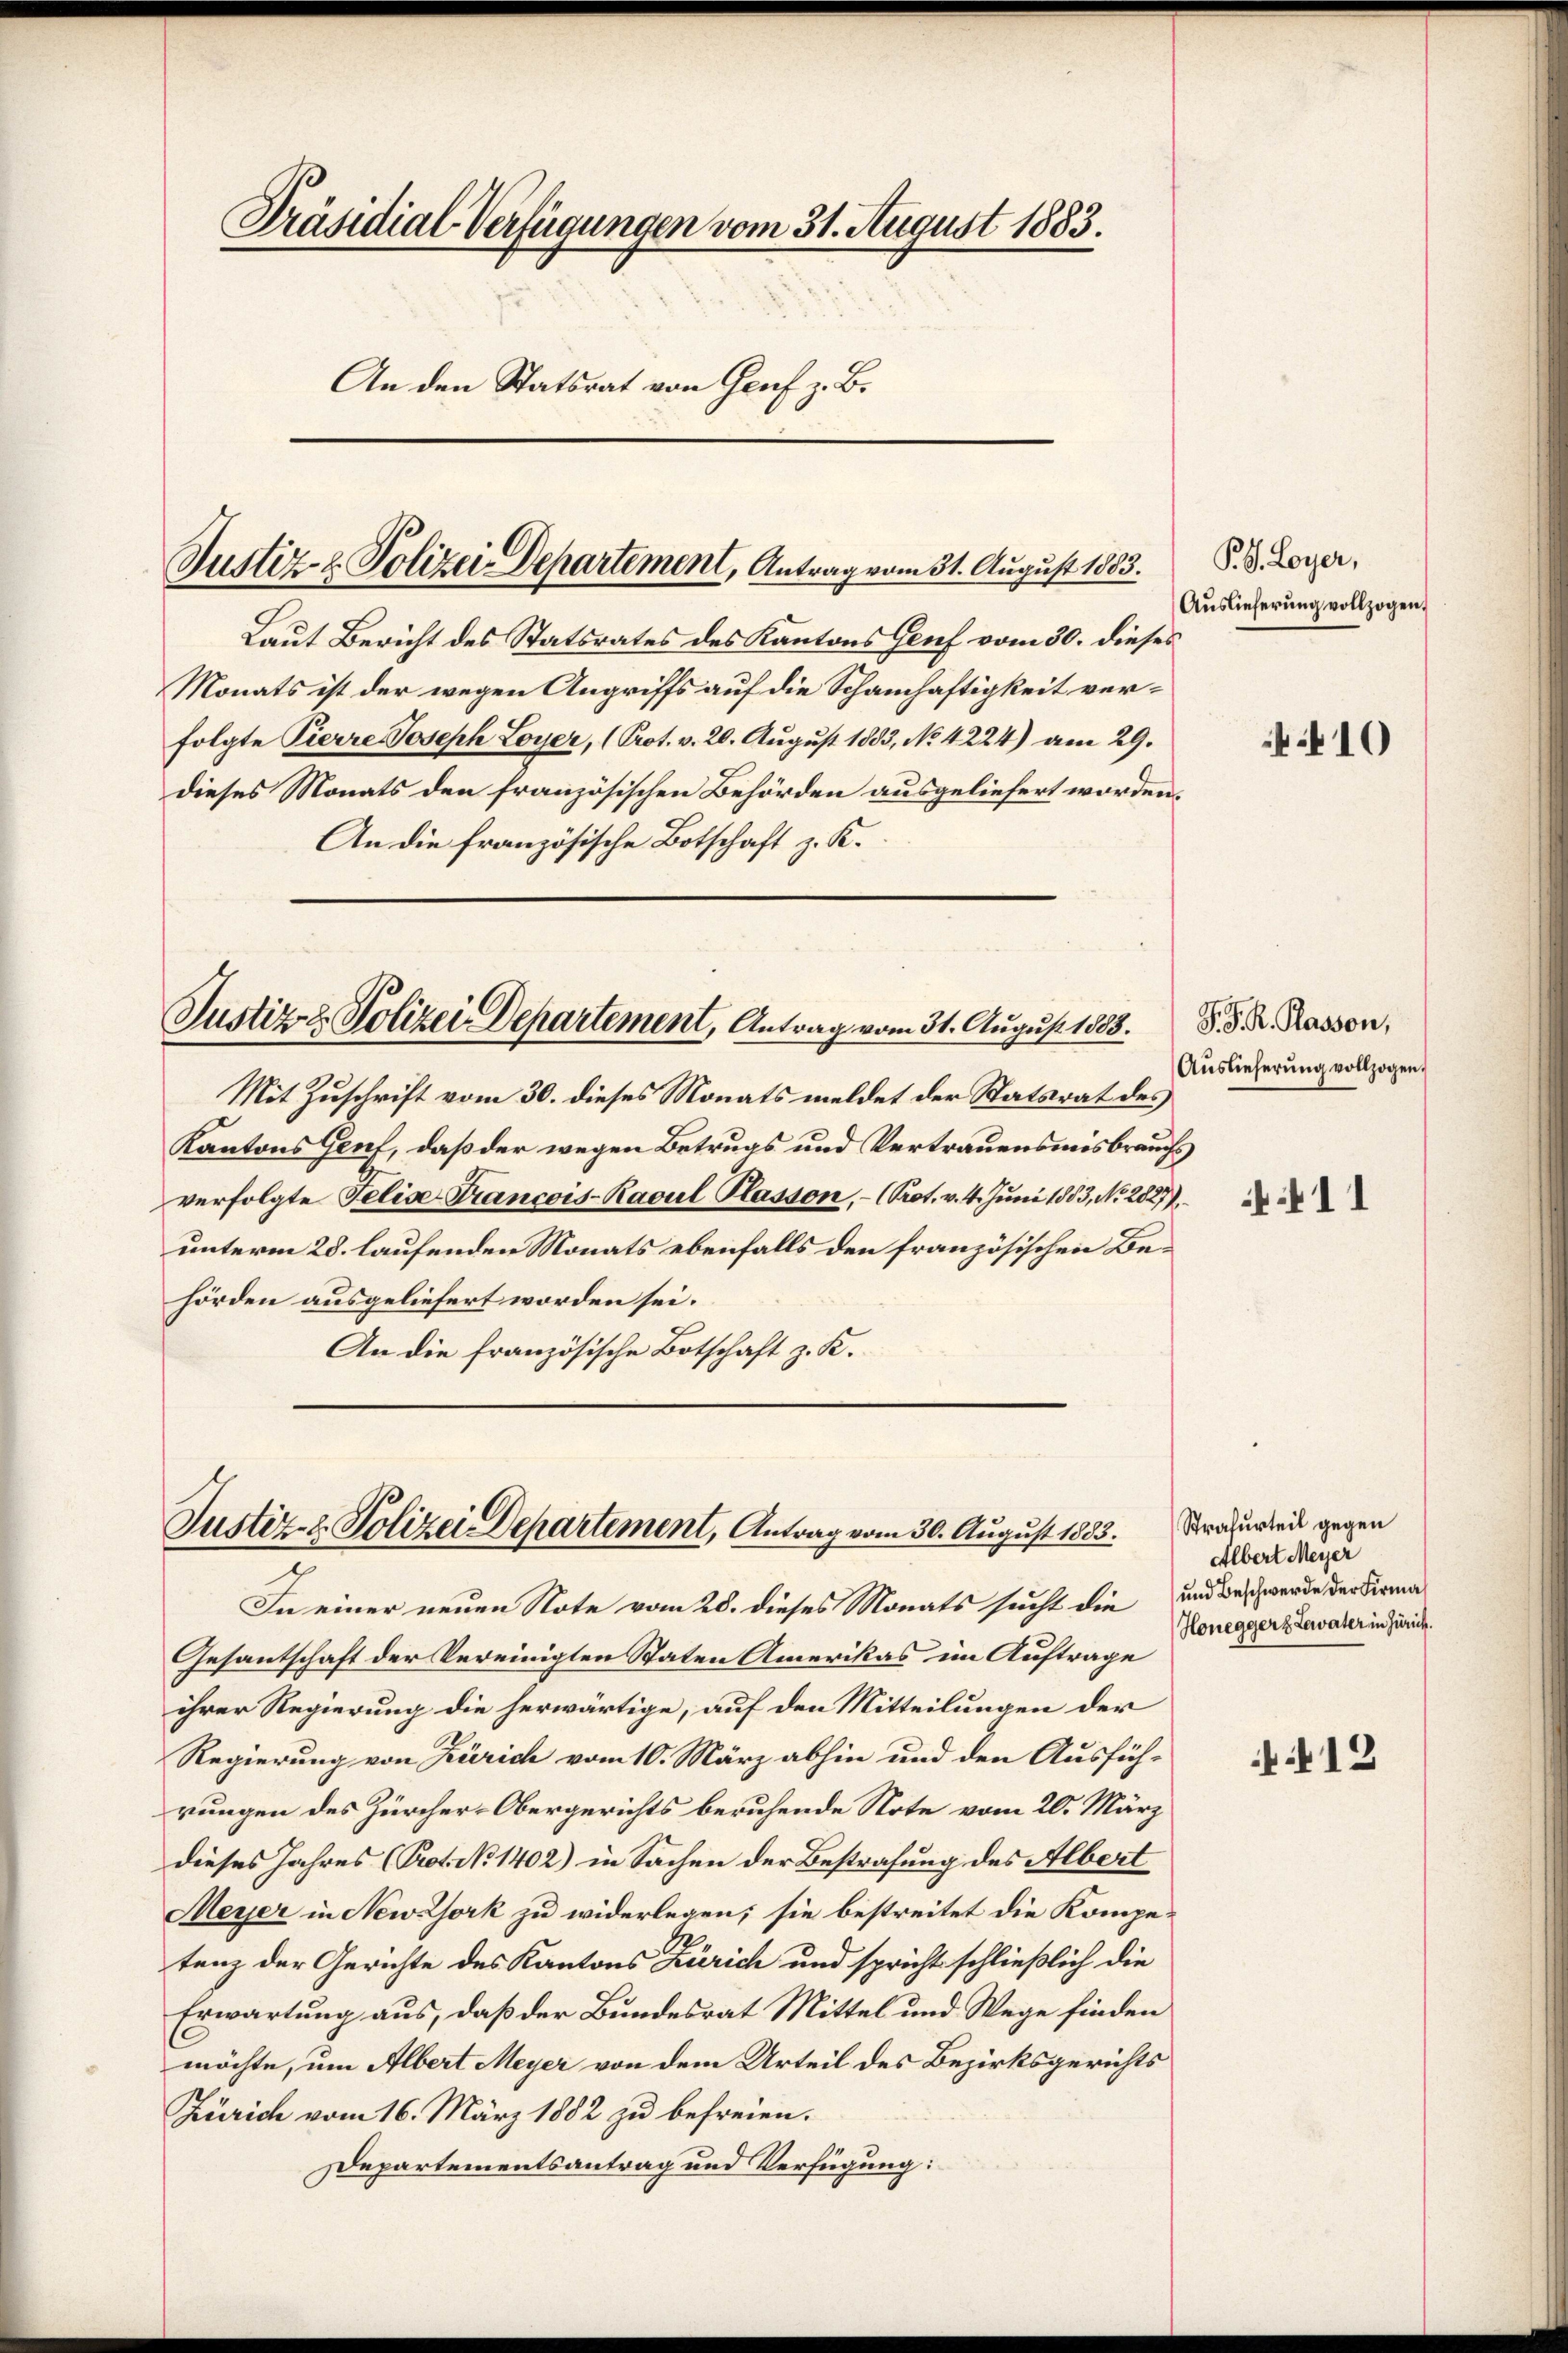
Präsidial-Verfügungen vom 31. August 1883.
An den Statsrat von Genf z. B.

Justiz- & Polizei-Departement, Antrag vom 31. August 1883.

Laut Bericht des Statsrates des Kantons Gruf vom 30. dieses
Monats ist der wegen Angriffs auf die Schamhaftigkeit verfolgte Pierre Joseph Loyer, (Prot. v. 20. August 1883, No 4224) am 29.
dieses Monats den französischen Behörden ausgeliefert worden.
An die französische Botschaft z. K.

Justiz & Polizei Departement, Antrag vom 31. August 1883.

Mit Zuschrift vom 30. dieses Monats meldet der Statsrat des
Kantons Genf, daß der wegen Betrugs und Vertrauensmisbrauchs
verfolgte Felise Francois-Ravul Plasson, – (Prot. v. 4. Juni 1853, No. 2827),
unterm 28. laufenden Monats ebenfalls den französischen Behörden ausgeliefert worden sei.
An die französische Botschaft z. K.

Justiz- & Polizei Departement, Antrag vom 30. August 1883.

In einer neuen Note vom 28. dieses Monats sucht die und Beschwerde der Firma¬
Gesantschaft der Vereinigten Staten Amerikas im Auftrage
ihrer Regierung die herwärtige, auf den Mitteilungen der
Regierung von Zürich vom 10. März abhin und den Ausfüh-
rungen des Zürcher-Obergerichts beruhende Note vom 20. März
dieses Jahres (Prot. N. 1402) in Sachen der Bestrafung des Albert
Meyer in New-York zu widerlegen; sie bestreitet die Kompetenz der Gerichte des Kantons Zürich und spricht schließlich die
Erwartung aus, daß der Bundesrat Mittel und Wege finden
möchte, um Albert Meyer von dem Urteil des Bezirksgerichts
Zürich vom 16. März 1882 zu befreien.
Departementsantrag und Verfügung:

P. 8. Loyer,
Auslieferung vollzogen,

10

P. D. R. Rasson,
Auslieferung vollzogen.

11

Strafurteil gegen
Albert Meyer
Honegger Lavater in Zürich.

12